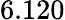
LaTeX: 6.120